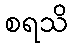
စရသိ